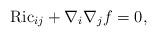
LaTeX: \begin{align*}\mathrm{Ric}_{ij} + \nabla_i \nabla_j f = 0,\end{align*}